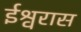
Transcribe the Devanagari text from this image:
ईश्वरास